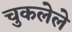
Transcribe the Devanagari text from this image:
चुकलेले